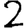
Digit: 2